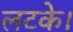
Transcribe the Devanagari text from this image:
लटके।